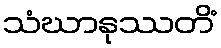
သံဃာနုဿတိံ